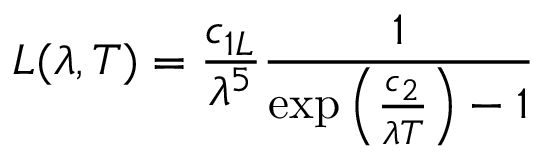
L ( \lambda , T ) = { \frac { c _ { 1 L } } { \lambda ^ { 5 } } } { \frac { 1 } { \exp \left( { \frac { c _ { 2 } } { \lambda T } } \right) - 1 } }